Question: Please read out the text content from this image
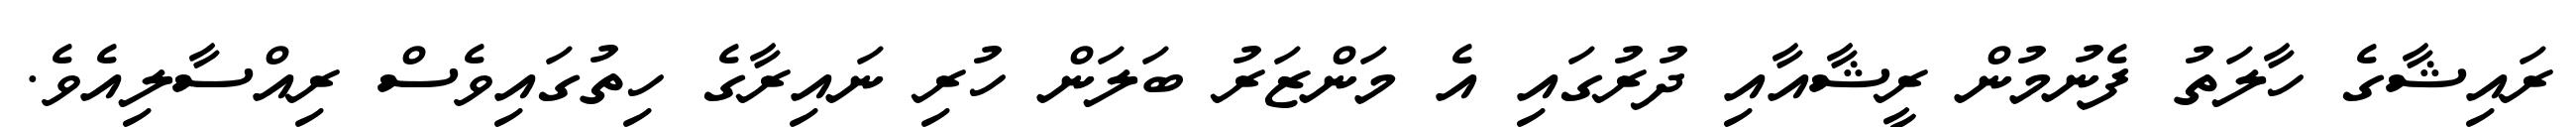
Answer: ރައިޝާގެ ހާލަތު ފެނުމުން ރީޝާއާއި ދުރުގައި އެ މަންޒަރު ބަލަން ހުރި ނައިރާގެ ހިތުގައިވެސް ރިއްސާލިއެވެ.